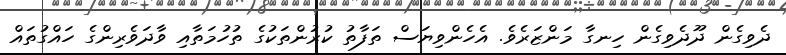
ދެވިގެން ދޫދެވިގެން ހިނގާ މަންޒަރެވެ. އެހެންވިޔަސް ތަފާތު ކުރުންތަކުގެ ތުހުމަތާއި ވާދަވެރިންގެ ހައްގުތައް